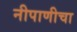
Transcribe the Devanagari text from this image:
नीपाणीचा